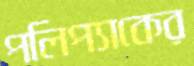
পলিপ্যাকের